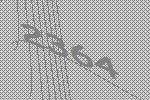
2364